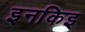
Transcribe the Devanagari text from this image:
इनकिइ